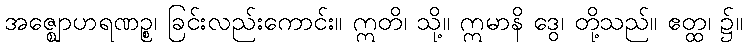
အဇ္ဈောဟရဏဉ္စ၊ ခြင်းလည်းကောင်း။ ဣတိ၊ သို့။ ဣမာနိ ဒွေ၊ တို့သည်။ ဧတ္ထ၊ ၌။